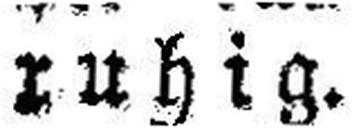
ruhig.